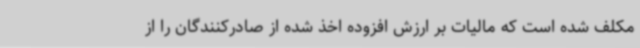
مکلف شده است که مالیات بر ارزش افزوده اخذ شده از صادرکنندگان را از